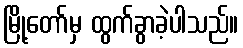
မြို့တော်မှ ထွက်ခွာခဲ့ပါသည်။